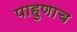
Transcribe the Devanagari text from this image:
पाहुणाच